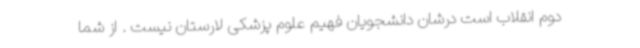
دوم انقلاب است درشان دانشجویان فهیم علوم پزشکی لارستان نیست . از شما